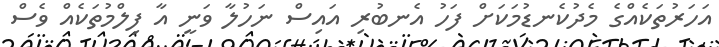
އަހަރުތަކެއްގެ މެދުކެނޑުމަކަށް ފަހު އެނބުރި އައިސް ނަހުލާ ވަނީ އާ ފިލްމުތަކެއް ވެސް